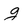
Character: g